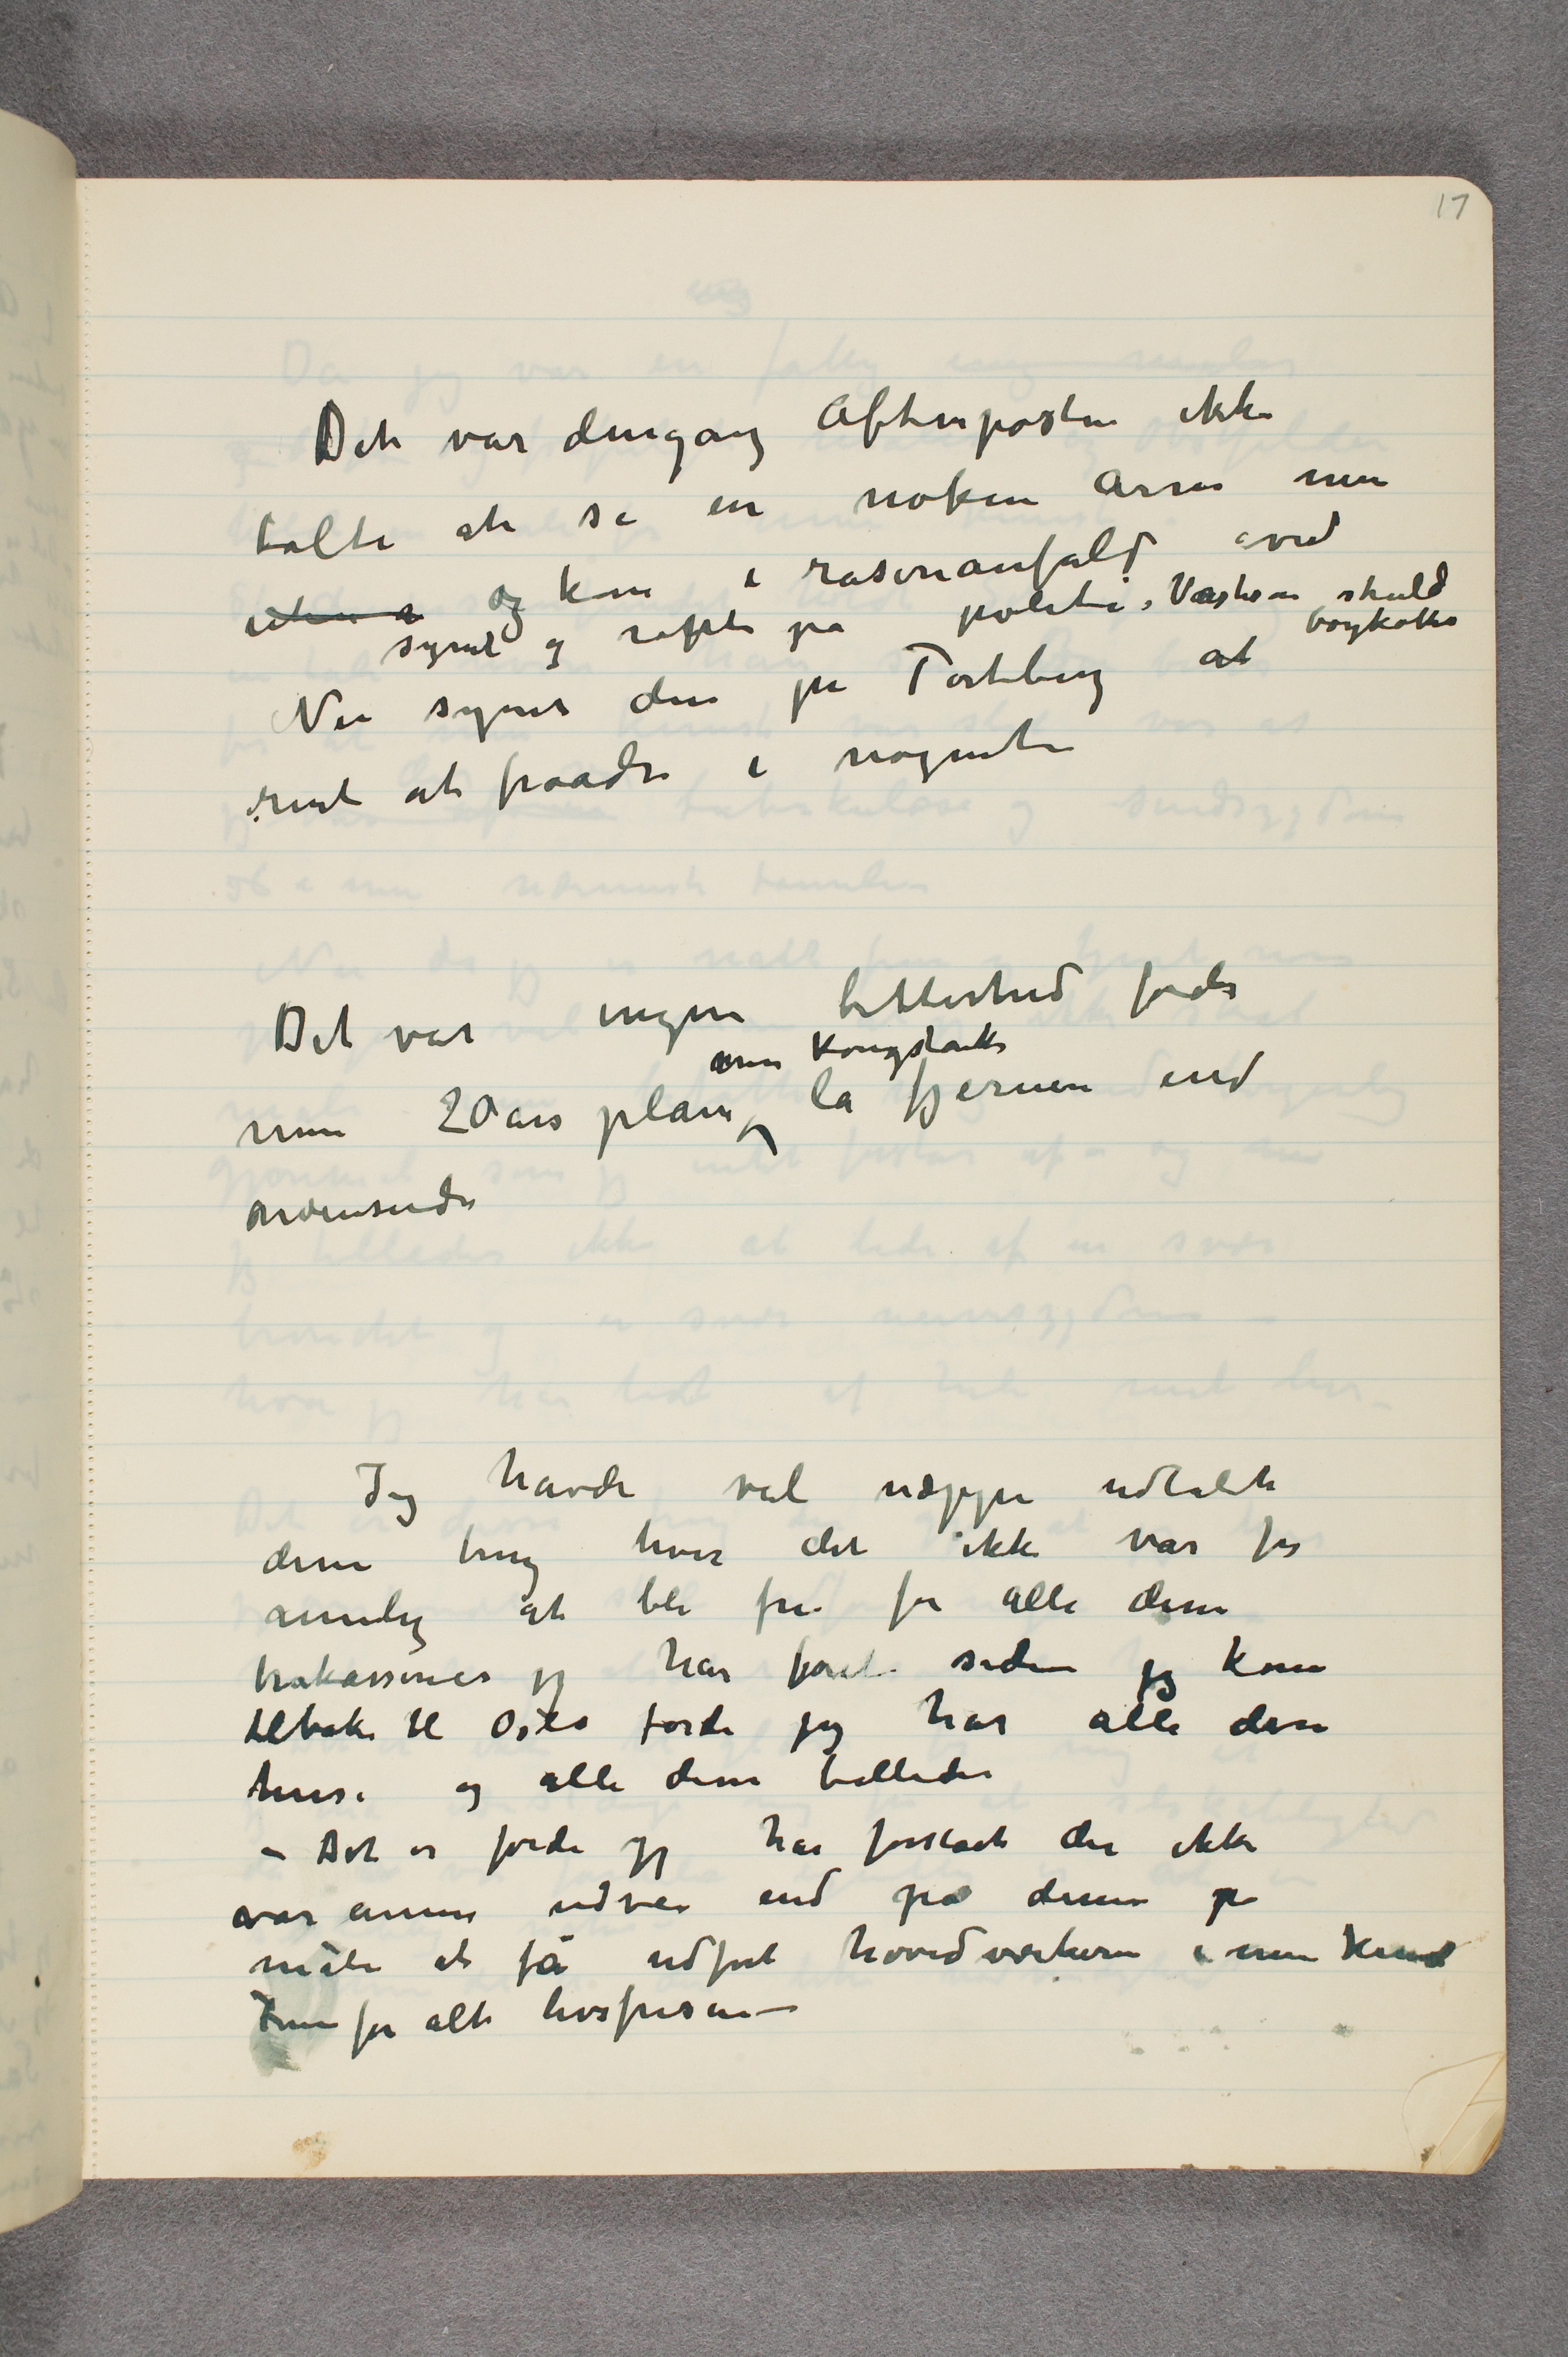
Det var dengang Aftenposten ikke
tålte at se en nøken Arm men
uten å og kom i raserianfald ved
synet og ropte på politi, Værkene skulde
boykottes
Nu synes den på Tørtberg at
rent ut fraade i nøgenhe
Det var ingen bitterhed fordi
min 20 års plan min Kongstanke lå fjernere end
noensinde
Jeg havde vel næppe udtalt
disse ting hvis det ikke var for
rimelig at bli fri for alle disse
trakasserier jeg har fået siden jeg kom
tilbake til Oslo fordi jeg har alle disse
huse og alle disse billeder
 – Det er fordi jeg har forstået der ikke
var annen udvei end på denne  …
måte at få udført hovedværkerne i min kunst
Fremfor alt livsfrisen –